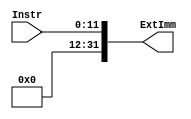
module extend (input wire [11:0] Instr,
					output reg [31:0] ExtImm);

	always @* begin
		ExtImm = {20'b0,Instr[11:0]};//12 bit unsigned imm
	end
endmodule